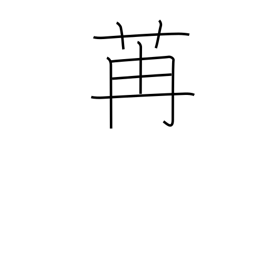
Meaning: luxuriant